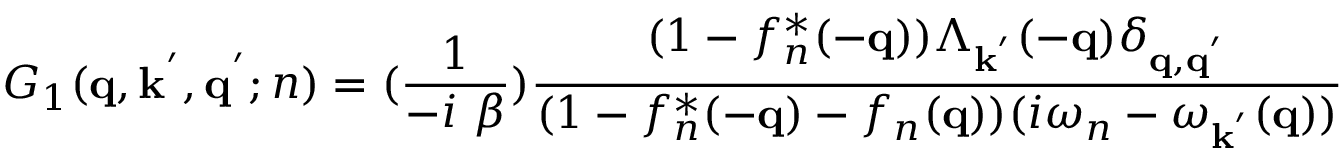
G _ { 1 } ( { \bf { q } } , { \bf { k } } ^ { ' } , { \bf { q } } ^ { ' } ; n ) = ( \frac { 1 } { - i \mathrm { ~ } \beta } ) \frac { ( 1 - f _ { n } ^ { * } ( - { \bf { q } } ) ) \Lambda _ { { \bf { k } } ^ { ' } } ( - { \bf { q } } ) \delta _ { { \bf { q } } , { \bf { q } } ^ { ' } } } { ( 1 - f _ { n } ^ { * } ( - { \bf { q } } ) - f _ { n } ( { \bf { q } } ) ) ( i \omega _ { n } - \omega _ { { \bf { k } } ^ { ' } } ( { \bf { q } } ) ) }